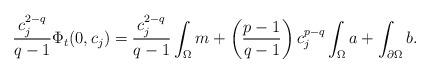
LaTeX: \begin{align*} \frac{c_j^{2-q}}{q-1} \Phi_t (0, c_j) = \frac{c_j^{2-q}}{q-1} \int_\Omega m + \left( \frac{p-1}{q-1} \right) c_j^{p-q} \int_\Omega a + \int_{\partial \Omega}b. \end{align*}